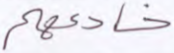
خادعهم